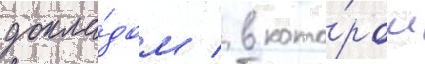
докла́дом / в кото́ром